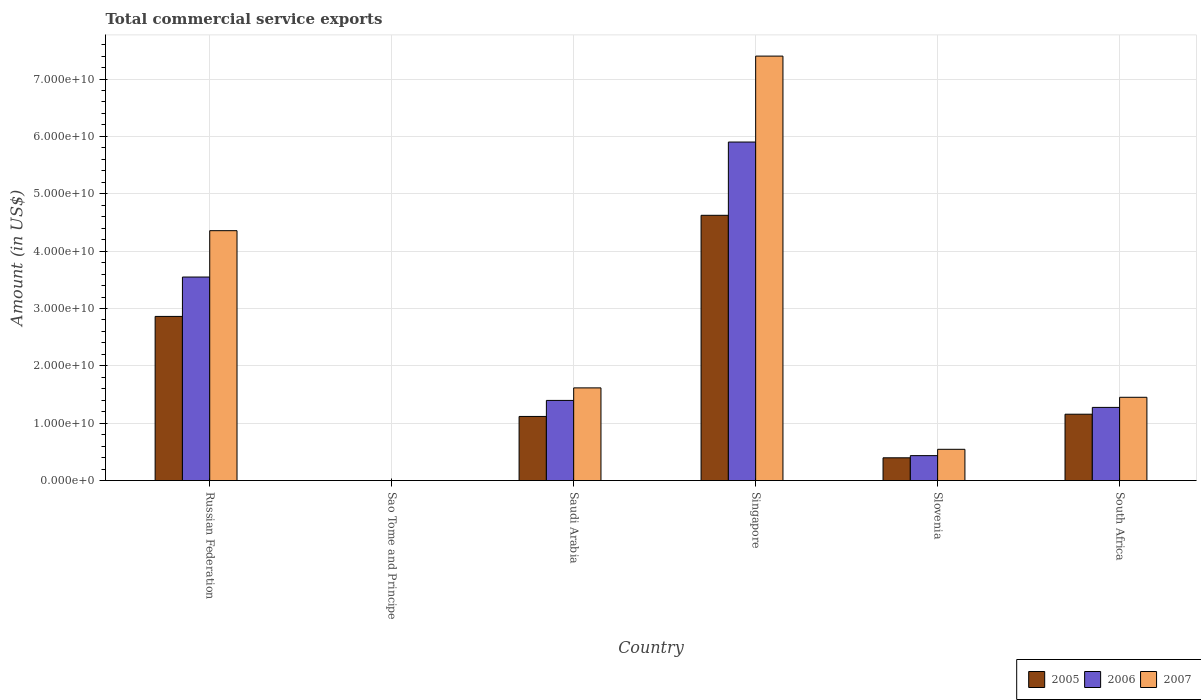
| Country | 2005 | 2006 | 2007 |
 | --- | --- | --- | --- |
 | Russian Federation | 2.86e+10 | 3.55e+10 | 4.36e+10 |
 | Sao Tome and Principe | 8.86e+06 | 8.14e+06 | 6.43e+06 |
 | Saudi Arabia | 1.12e+10 | 1.4e+10 | 1.62e+10 |
 | Singapore | 4.62e+10 | 5.9e+10 | 7.4e+10 |
 | Slovenia | 3.97e+09 | 4.35e+09 | 5.45e+09 |
 | South Africa | 1.16e+10 | 1.28e+10 | 1.45e+10 |